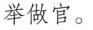
举做官。